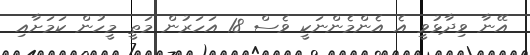
އޭނާ ވިދާޅުވީ އެ އެންމެންނަކީ ވެސް 18 އަހަރުން މަތީ މީހުން ކަމަށާއި